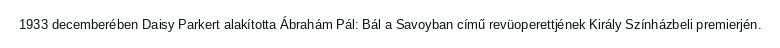
1933 decemberében Daisy Parkert alakította Ábrahám Pál: Bál a Savoyban című revüoperettjének Király Színházbeli premierjén.